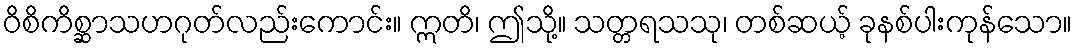
ဝိစိကိစ္ဆာသဟဂုတ်လည်းကောင်း။ ဣတိ၊ ဤသို့။ သတ္တရသသု၊ တစ်ဆယ့် ခုနစ်ပါးကုန်သော။